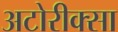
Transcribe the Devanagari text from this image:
अटोरीक्सा